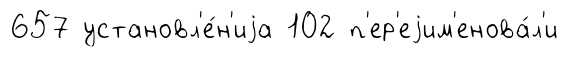
657 установл'е́н'иjа 102 п'ер'еjим'енова́л'и